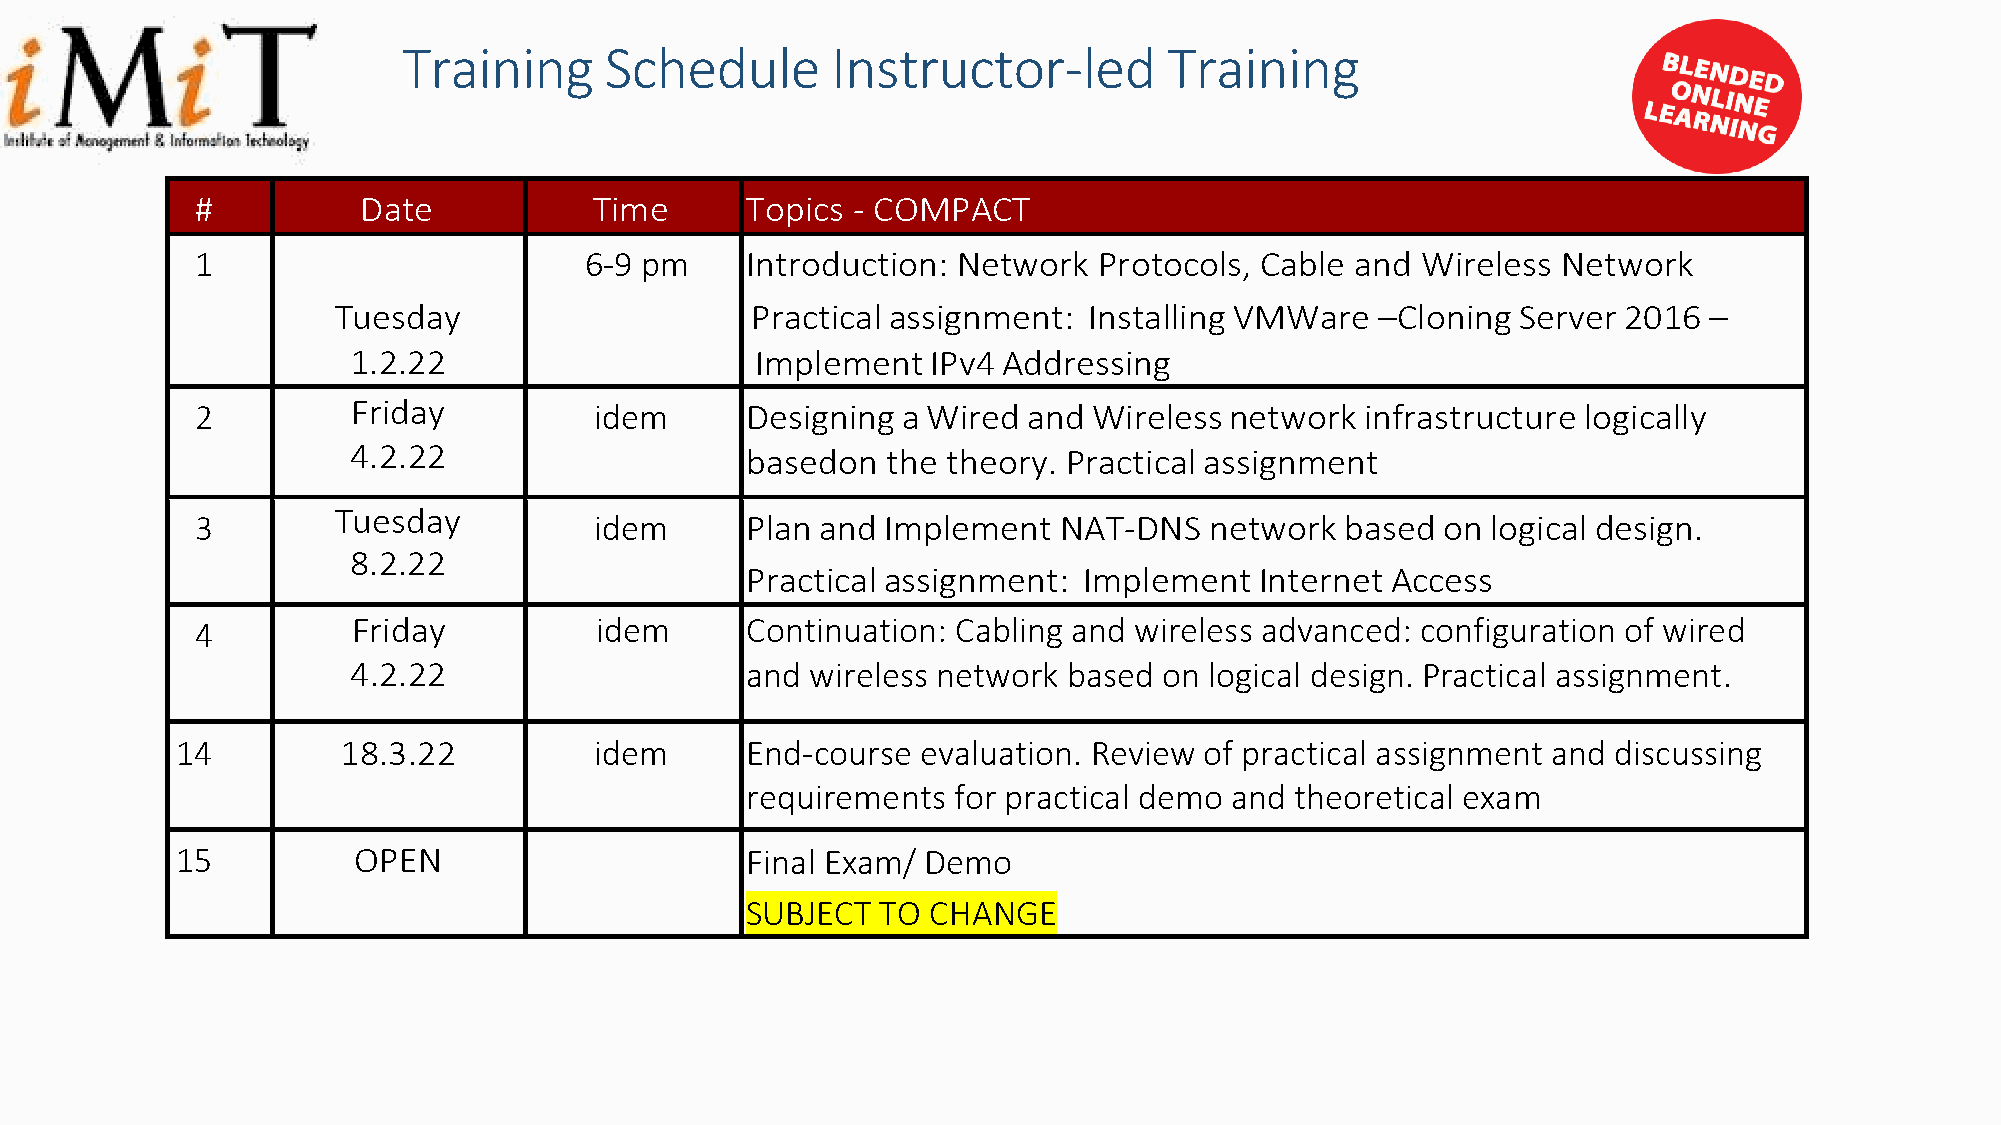
Training     Schedule       Instructor-led        Training
 #          Date           Time      Topics - COMPAC.  T
 1                         6-9 pm    Introduction: Network   Protocols, Cable and Wireless Network
 Tuesday                     Practical assignment: Installing VMWare  –Cloning Server 2016  –
 1.2.22                     Implement   IPv4 Addressing
 2         Friday          idem      Designing  a Wired and Wireless network  infrastructure logically
 4.2.22                    based on  the theory. Practical assignment
 Tuesday
 3                         idem      Plan and Implement   NAT-DNS   network  based on  logical design.
 8.2.22
 Practical assignment:  Implement  Internet Access
 4         Friday          idem      Continuation: Cabling and wireless advanced: configuration of wired
 4.2.22                    and  wireless network based on logical design. Practical assignment.
 14         18.3.22         idem      End-course  evaluation. Review of practical assignment and discussing
 requirements  for practical demo and theoretical exam
 15         OPEN                      Final Exam/ Demo
 SUBJECT  TO  CHANGE